Source: Handwritten
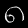
Digit: ၈ (8)